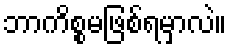
ဘာကိစ္စမဖြစ်ရမှာလဲ။